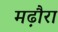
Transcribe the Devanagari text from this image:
मढ़ौरा